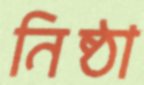
নিষ্ঠা